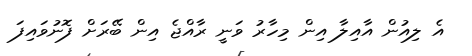
އެ ލިއުން އާއިލާ އިން މިހާރު ވަނީ ރާއްޖެ އިން ބޭރަށް ފޮނުވައިފަ